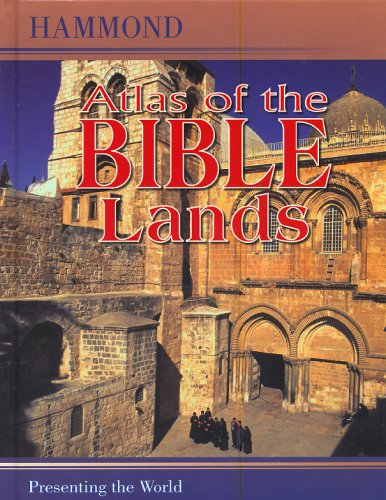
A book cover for Hammond Atlas of the Bible Lands; Hammond World Atlas Corporation Staff; Christian Books & Bibles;